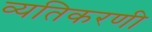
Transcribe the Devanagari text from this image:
व्यतिकरणी